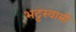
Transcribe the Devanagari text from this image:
भट्टस्वामी